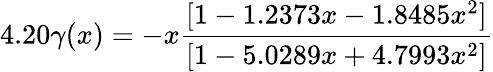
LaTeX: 4.20\gamma(x)=-x\frac{[1-1.2373x-1.8485x^{2}]}{[1-5.0289x+4.7993x^{2}]}